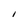
Character: I